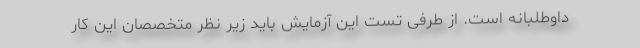
داوطلبانه است. از طرفی تست این آزمایش باید زیر نظر متخصصان این کار